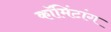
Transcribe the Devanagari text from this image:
कॉमिंटांग